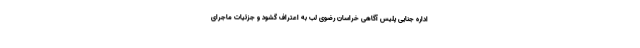
اداره جنایی پلیس آگاهی خراسان رضوی لب به اعتراف گشود و جزئیات ماجرای